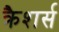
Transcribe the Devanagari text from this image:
क्रैशर्स